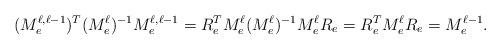
LaTeX: \begin{align*}(M^{\ell,\ell-1}_e)^T(M^\ell_e)^{-1}M^{\ell,\ell-1}_e = R_e^TM^\ell_e(M^\ell_e)^{-1}M^{\ell}_eR_e = R^T_e M^\ell_e R_e = M^{\ell-1}_e.\end{align*}